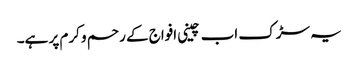
یہ سڑک اب چینی افواج کے رحم و کرم پر ہے۔